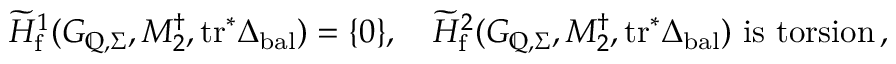
\widetilde { H } _ { \mathrm { f } } ^ { 1 } ( G _ { \mathbb { Q } , \Sigma } , M _ { 2 } ^ { \dagger } , \mathrm { t r } ^ { * } \Delta _ { \mathrm { b a l } } ) = \{ 0 \} , \quad \widetilde { H } _ { \mathrm { f } } ^ { 2 } ( G _ { \mathbb { Q } , \Sigma } , M _ { 2 } ^ { \dagger } , \mathrm { t r } ^ { * } \Delta _ { \mathrm { b a l } } ) \mathrm { ~ i s ~ t o r s i o n } \, ,